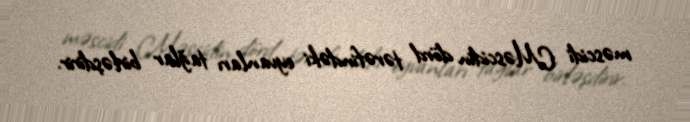
məscidi Məscidin dörd tərəfindəki eyvanları tağlar birləşdirir.